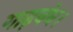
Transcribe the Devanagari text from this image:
गाढ़बंध।